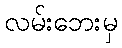
လမ်းဘေးမှ